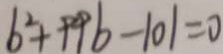
b ^ { 2 } + 9 9 b - 1 0 1 = 0